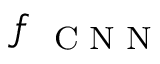
f _ { \mathrm { ~ \scriptsize ~ C ~ N ~ N ~ } }